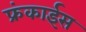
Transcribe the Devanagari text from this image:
फ्रंकाईस